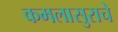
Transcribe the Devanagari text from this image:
कमलासुराचे